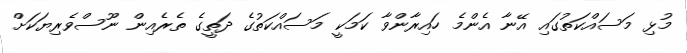
މުޅި މަސައްކަތުގައި އޭނާ އެންމެ ހައިރާންވާ ކަމަކީ މަސައްކަތުގެ ދަތީގެ ތެރެއިން ނޫސްވެރިޔަކަށް